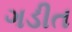
ગડીત